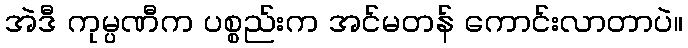
အဲဒီ ကုမ္ပဏီက ပစ္စည်းက အင်မတန် ကောင်းလာတာပဲ။